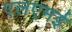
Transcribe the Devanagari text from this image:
एलएमई